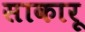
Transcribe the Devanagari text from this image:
साकारू